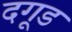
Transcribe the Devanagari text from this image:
दगूड